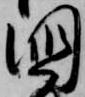
国